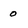
Character: 0